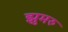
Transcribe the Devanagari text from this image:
झुमरु